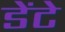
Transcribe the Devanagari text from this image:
डेंटे